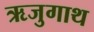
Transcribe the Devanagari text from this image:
ऋजुगाथ